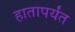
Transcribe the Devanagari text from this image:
हातापर्यंत